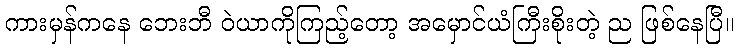
ကားမှန်ကနေ ဘေးဘီ ဝဲယာကိုကြည့်တော့ အမှောင်ယံကြီးစိုးတဲ့ ည ဖြစ်နေပြီ။